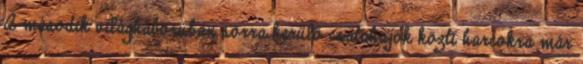
A második világháborúban sorra kerülő csatahajók közti harcokra már